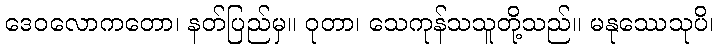
ဒေဝလောကတော၊ နတ်ပြည်မှ။ ဝုတာ၊ သေကုန်သသူတို့သည်။ မနုဿေသုပိ၊